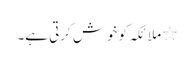
٭ ملائکہ کو خوش کرتی ہے۔